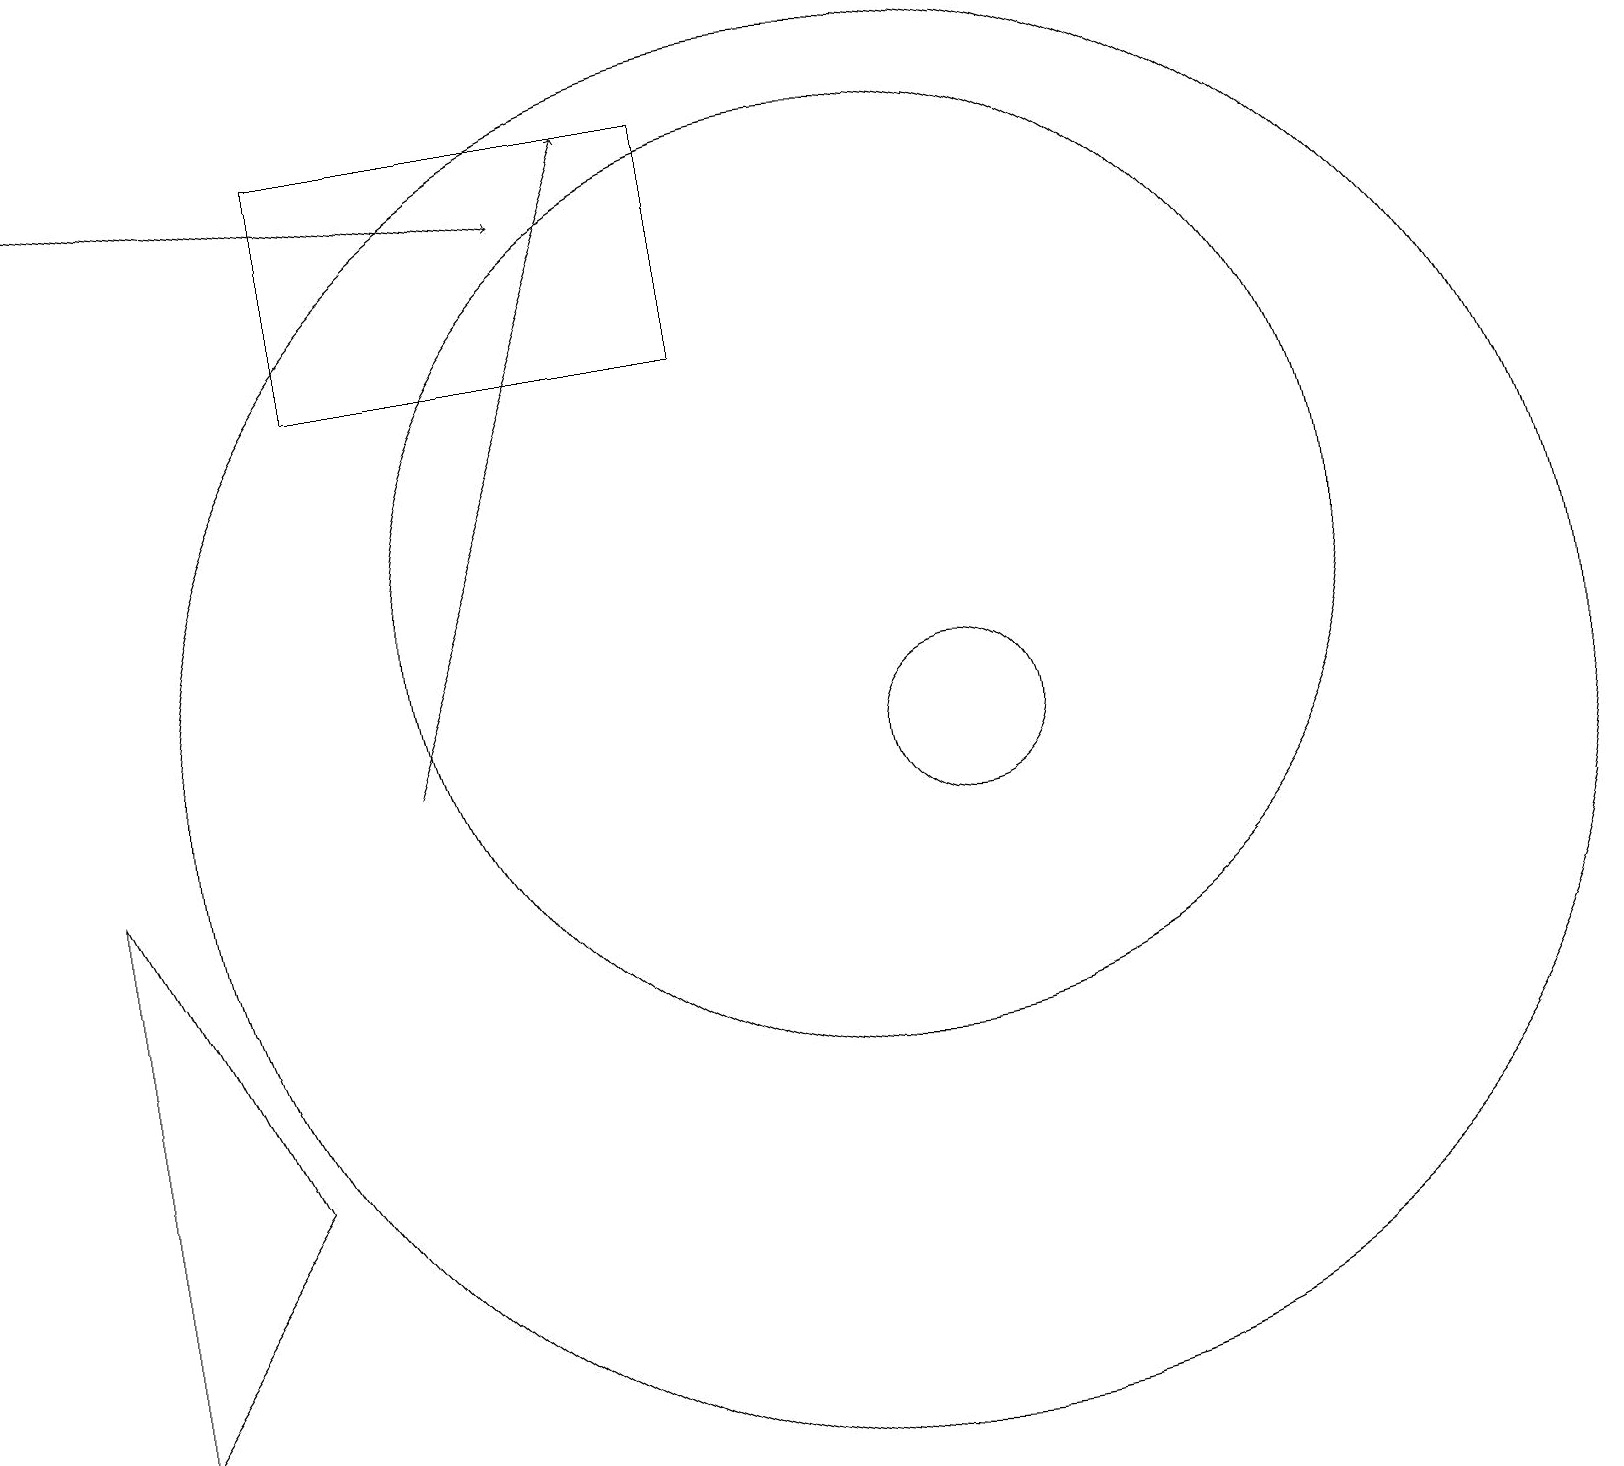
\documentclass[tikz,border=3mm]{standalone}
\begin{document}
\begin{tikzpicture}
\draw[->] (0,18) -- (7,17);
\draw (9,15) rectangle (4,18);
\draw (1,9) -- (3,5) -- (1,2) -- cycle;
\draw[->] (5,10) -- (8,18);
\draw (11,12) circle (6);
\draw (11,10) circle (9);
\draw (12,10) circle (1);
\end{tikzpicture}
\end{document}